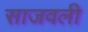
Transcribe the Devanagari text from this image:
साजवली